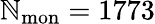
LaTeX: \mathbb{N}_{\mathrm{{mon}}}=1773